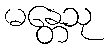
မန္တေသု